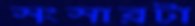
সংসারটা